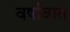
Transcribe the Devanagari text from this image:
वर्षावात